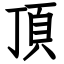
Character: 頂